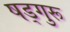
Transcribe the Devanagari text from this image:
षड्गुरू